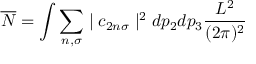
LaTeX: \overline { { { N } } } = \int \sum _ { n , \sigma } \mid c _ { 2 n \sigma } \mid ^ { 2 } d p _ { 2 } d p _ { 3 } \frac { L ^ { 2 } } { ( 2 \pi ) ^ { 2 } }